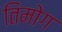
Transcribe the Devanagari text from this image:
तिमोग